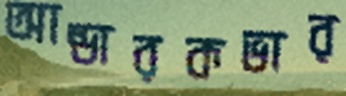
আন্ডারকভার